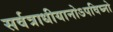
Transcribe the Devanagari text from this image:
सर्वत्राधीयानोऽपविघ्नो